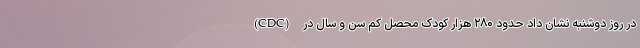
(CDC) در روز دوشنبه نشان داد حدود ۲۸۰ هزار کودک محصل کم سن و سال در